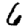
Digit: 6